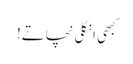
کبھی انگلی نچاتے!